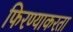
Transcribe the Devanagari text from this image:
फिरण्याकरता